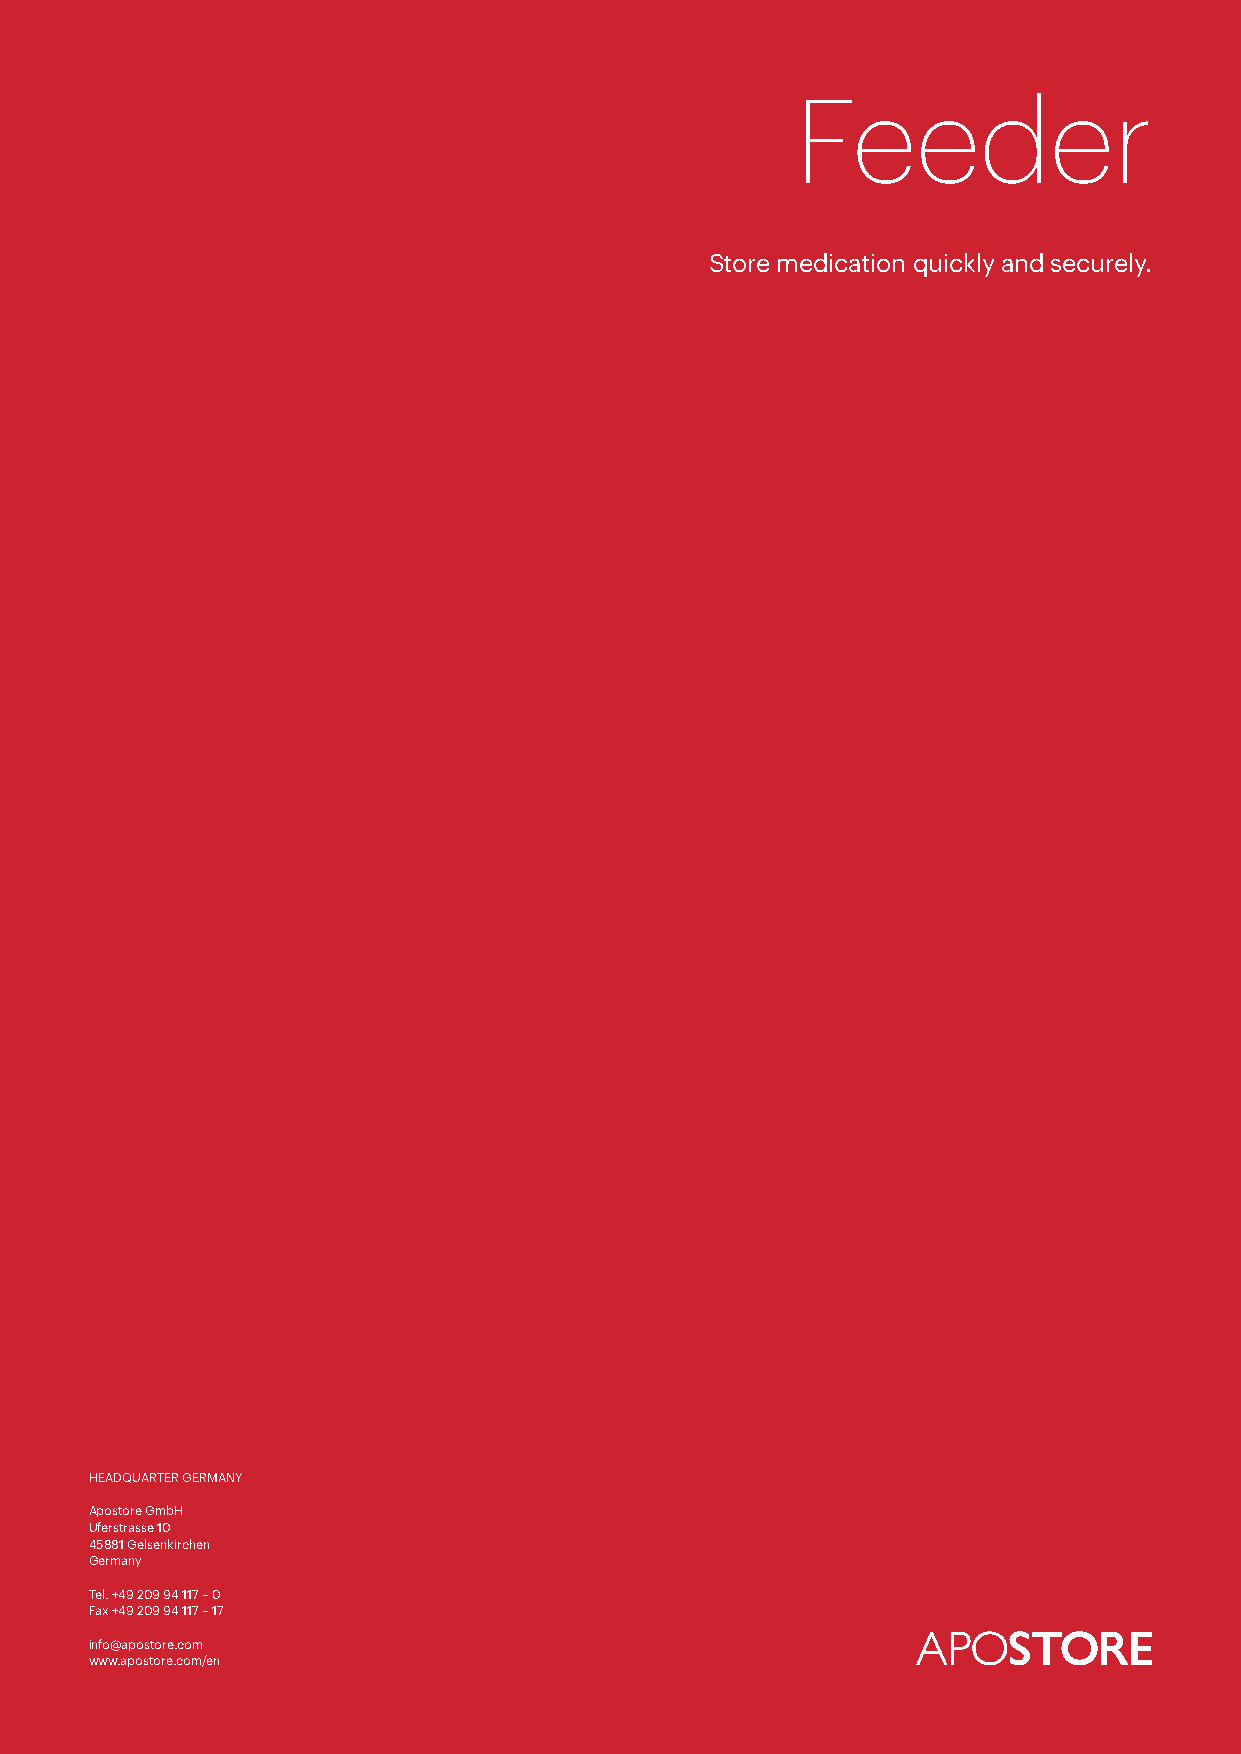
Feeder
 Store medication quickly and securely.
 HEADQUARTER GERMANY
 Apostore GmbH
 Uferstrasse 10
 45881 Gelsenkirchen
 Germany
 Tel. +49 209 94 117 – 0
 Fax +49 209 94 117 – 17
 info@apostore.com
 www.apostore.com/en